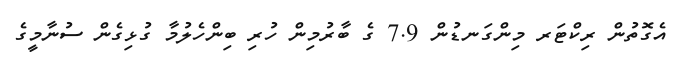
އެގޮތުން ރިކްޓަރ މިންގަނޑުން 7.9 ގެ ބާރުމިން ހުރި ބިންހެލުމާ ގުޅިގެން ސުނާމީގެ